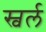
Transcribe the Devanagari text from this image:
स्वर्ल